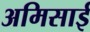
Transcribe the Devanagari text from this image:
अमिसाई